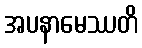
အပနာမေဿတိ